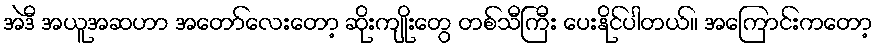
အဲဒီ အယူအဆဟာ အတော်လေးတော့ ဆိုးကျိုးတွေ တစ်သီကြီး ပေးနိုင်ပါတယ်။ အကြောင်းကတော့